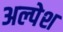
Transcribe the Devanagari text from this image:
अल्पेश